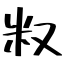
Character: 𥸩